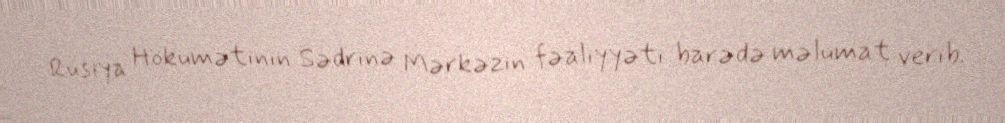
Rusiya Hökumətinin Sədrinə Mərkəzin fəaliyyəti barədə məlumat verib.